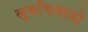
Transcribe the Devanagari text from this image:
लुकचिआओ